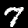
Digit: 7